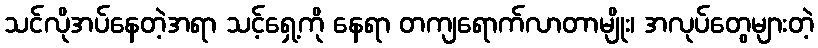
သင်လိုအပ်နေတဲ့အရာ သင့်ရှေ့ကို နေရာ တကျရောက်လာတာမျိုး၊ အလုပ်တွေများတဲ့